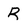
Character: R